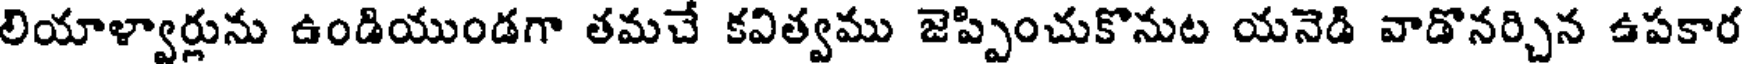
లియాళ్వార్లును ఉండియుండగా తమచే కవిత్వము జెప్పించుకొనుట యనెడి వాడొనర్చిన ఉపకార